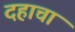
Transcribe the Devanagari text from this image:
दहाचा